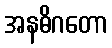
အနဓိဂတော